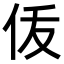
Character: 𬽴